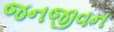
જનજીવન